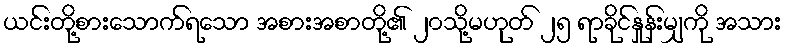
ယင်းတို့စားသောက်ရသော အစားအစာတို့၏ ၂၀သို့မဟုတ် ၂၅ ရာခိုင်နှုန်းမျှကို အသား